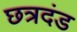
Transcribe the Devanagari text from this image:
छत्रदंड